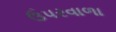
ઉપરવાળા